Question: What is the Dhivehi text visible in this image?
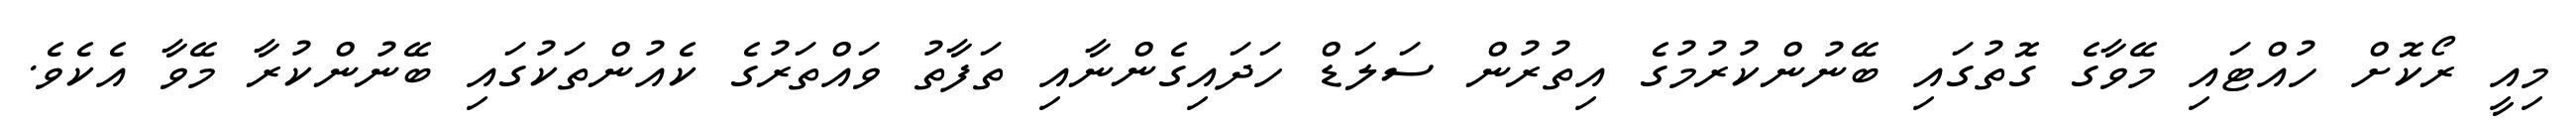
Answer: މިއީ ރޯކޮށް ހުއްޓައި މޭވާގެ ގޮތުގައި ބޭނުންކުރުމުގެ އިތުރުން ސަލަޑް ހަދައިގެންނާއި ތަފާތު ވައްތަރުގެ ކެއުންތަކުގައި ބޭނުންކުރާ މޭވާ އެކެވެ.